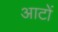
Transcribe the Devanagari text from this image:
आटों